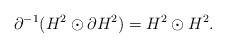
\begin{align*} \partial^{-1}( H^2 \odot \partial H^2) = H^2 \odot H^2. \end{align*}